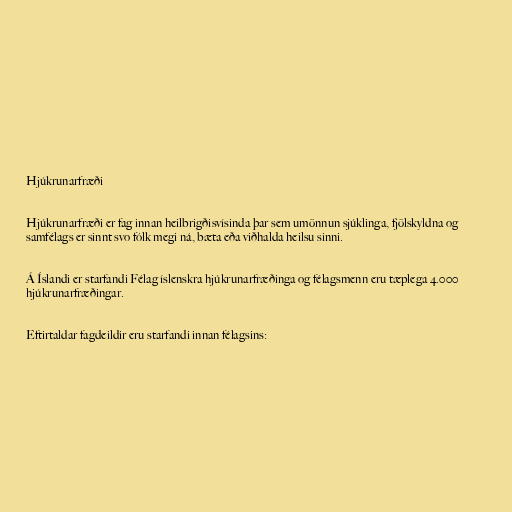
Hjúkrunarfræði

Hjúkrunarfræði er fag innan heilbrigðisvísinda þar sem umönnun sjúklinga, fjölskyldna og
samfélags er sinnt svo fólk megi ná, bæta eða viðhalda heilsu sinni.

Á Íslandi er starfandi Félag íslenskra hjúkrunarfræðinga og félagsmenn eru tæplega 4.000
hjúkrunarfræðingar.

Eftirtaldar fagdeildir eru starfandi innan félagsins: